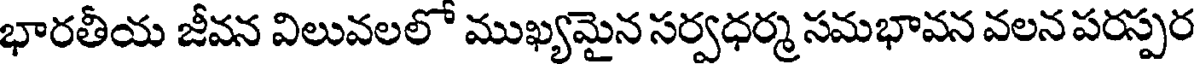
భారతీయ జీవన విలువలలో ముఖ్యమైన సర్వధర్మ సమభావన వలన పరస్పర